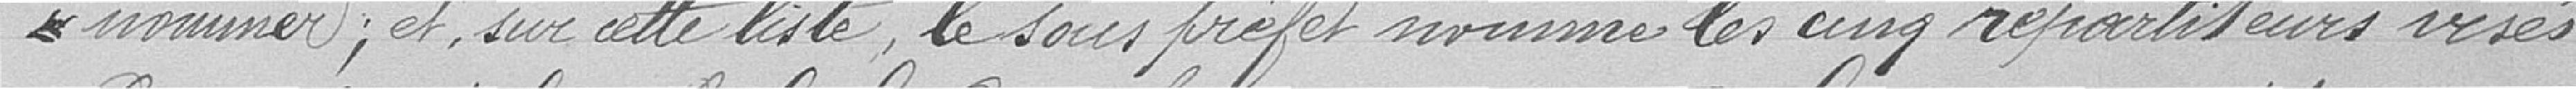
nommer ; et sur cette liste, le sous-préfet nomme les cinq répartiteurs visés